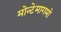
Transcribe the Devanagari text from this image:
मोन्टेमागमो